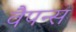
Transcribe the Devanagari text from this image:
वैपन्स